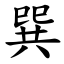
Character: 巽